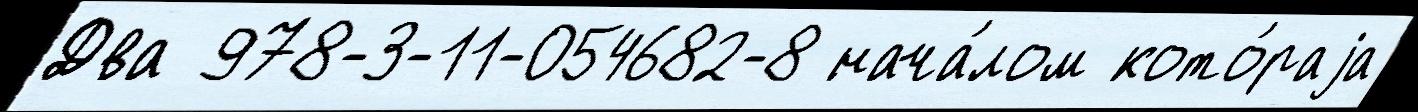
Два 978-3-11-054682-8 нача́лом кото́раjа